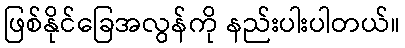
ဖြစ်နိုင်ခြေအလွန်ကို နည်းပါးပါတယ်။